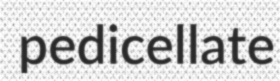
pedicellate